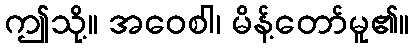
ဤသို့။ အဝေစါ၊ မိန့်တော်မူ၏။